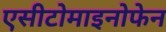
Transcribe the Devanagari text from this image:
एसीटोमाइनोफेन